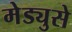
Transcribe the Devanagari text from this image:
मेड्युसे